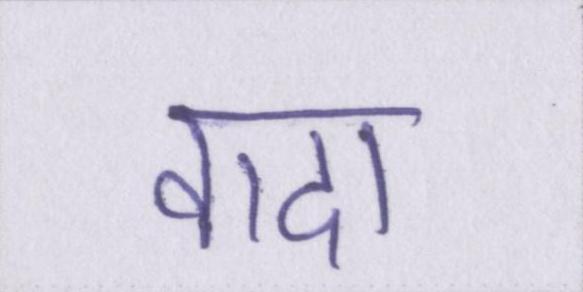
वादा